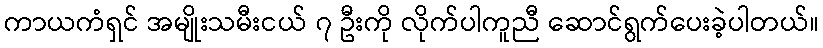
ကာယကံရှင် အမျိုးသမီးငယ် ၇ ဦးကို လိုက်ပါကူညီ ဆောင်ရွက်ပေးခဲ့ပါတယ်။